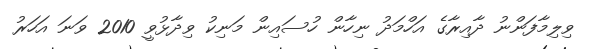
ވިލިމާފަންނު ދާއިރާގެ އަހްމަދު ނިހާން ހުސައިން މަނިކު ވިދާޅުވީ 2010 ވަނަ އަހަރު